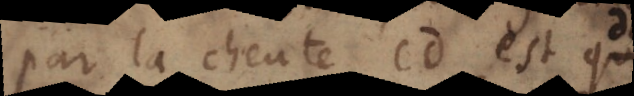
par la cheute CD est